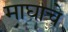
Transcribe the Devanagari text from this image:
माघाचे